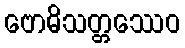
ဗောဓိသတ္တဿေဝ